Report of the Municipal Commissioner on the plague in Bombay for the year ending 31st May... - Volume 1
Disease focus: Plague
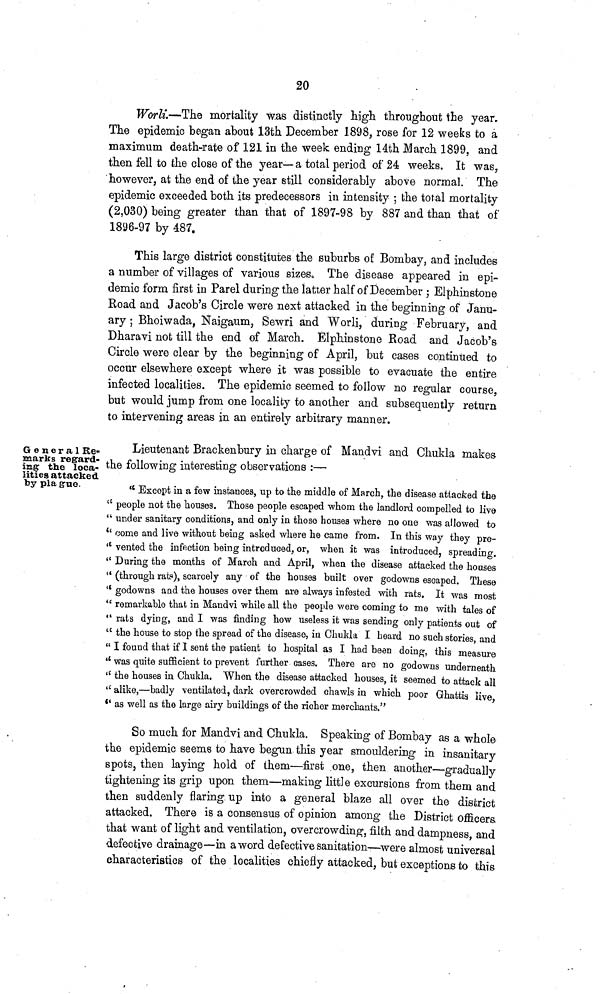
20
Worli.—The mortality was distinctly high throughout the year.
The epidemic began about 13th December 1898, rose for 12 weeks to a
maximum death-rate of 121 in the week ending 14th March 1899, and
then fell to the close of the year— a total period of 24 weeks. It was,
however, at the end of the year still considerably above normal. The
epidemic exceeded both its predecessors in intensity ; the total mortality
(2,030) being greater than that of 1897-98 by 887 and than that of
1896-97 by 487.
This large district constitutes the suburbs of Bombay, and includes
a number of villages of various sizes. The disease appeared in epi-
demic form first in Parel during the latter half of December ; Elphinstone
Road and Jacob's Circle were next attacked in the beginning of Janu-
ary ; Bhoiwada, Naigaum, Sewri and Worli, during February, and
Dharavi not till the end of March. Elphinstone Road and Jacob's
Circle were clear by the beginning of April, but cases continued to
occur elsewhere except where it was possible to evacuate the entire
infected localities. The epidemic seemed to follow no regular course,
but would jump from one locality to another and subsequently return
to intervening areas in an entirely arbitrary manner.
General Re-
marks regard-
ing the loca-
lities attacked
by pla g-ue.
Lieutenant Brackenbury in charge of Mandvi and Chukla makes
the following interesting observations :—
** Except in a few instances, up to the middle of March, the disease attacked the
" people not the houses. Those people escaped whom the landlord compelled to live
" under sanitary conditions, and only in those houses where no one was allowed to
" come and live without being asked where he came from. In this way they pre-
" vented the infection being introduced, or, when it was introduced, spreading.
" During the months of March and April, when the disease attacked the houses
" (through rat?), scarcely any of the houses built over godowns escaped. These
" godowns and the houses over them are always infested with rats. It was most
" remarkable that in Mandvi while all the people were coming to me with tales of
" rats dying, and I was finding how useless it was sending only patients out of
" the house to stop the spread of the disease, in Chukla I heard no such stories, and
" I found that if I sent the patient to hospital as I had been doing, this measure
" was quite sufficient to prevent further cases. There are no godowns underneath
" the houses in Chukla. When the disease attacked houses, it seemed to attack all
'' alike,—badly ventilated, dark overcrowded chawls in which poor Ghattia live
" as well as the large airy buildings of the richer merchants."
So much for Mandvi and Chukla. Speaking of Bombay as a whole
the epidemic seems to have begun this year smouldering in insanitary
spots, then laying hold of them—first one, then another—gradually
tightening its grip upon them—making little excursions from them and
then suddenly flaring up into a general blaze all over the district
attacked. There is a consensus of opinion among the District officers
that want of light and ventilation, overcrowding, filth and dampness, and
defective drainage—in a word defective sanitation—were almost universal
characteristics of the localities chiefly attacked, but exceptions to this